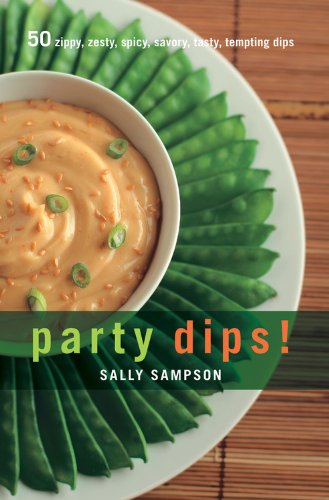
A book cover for Party Dips!: 50 Zippy, Zesty, Spicy, Savory, Tasty, Tempting Dips (50 Series); Sally Sampson; Cookbooks, Food & Wine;